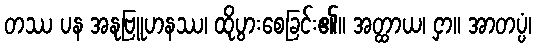
တဿ ပန အနုဗြူဟနဿ၊ ထိုပွားစေခြင်း၏။ အတ္ထာယ၊ ငှာ။ အာတပ္ပံ၊